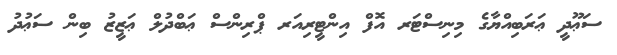
ސަޢޫދީ ޢަރަބިއްޔާގެ މިނިސްޓަރ އޮފް އިންޓީރިއަރ ޕްރިންސް ޢަބްދުލް ޢަޒީޒު ބިން ސަޢުދު